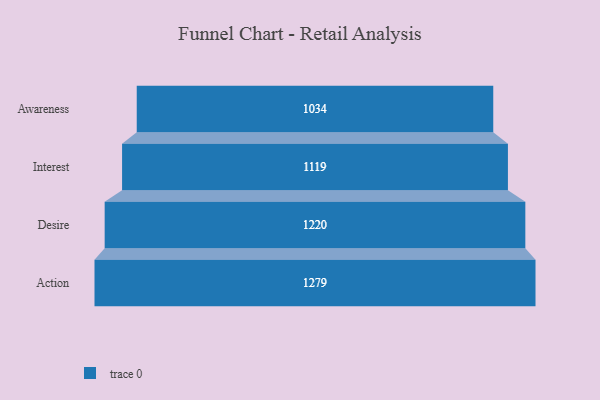
{"axis": {"x": "Stage", "y": "Value"}, "legend": [""], "data": [{"x": "Awareness", "y": 1034.0, "type": ""}, {"x": "Interest", "y": 1119.0, "type": ""}, {"x": "Desire", "y": 1220.0, "type": ""}, {"x": "Action", "y": 1279.0, "type": ""}]}